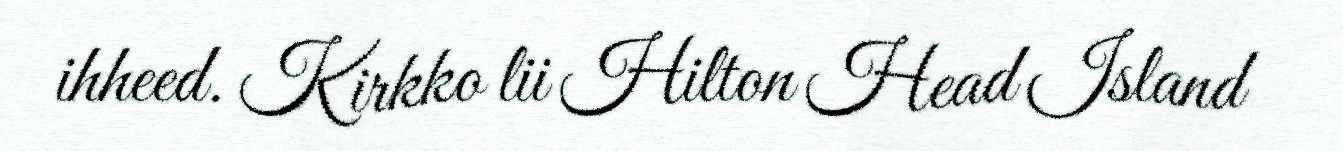
ihheed. Kirkko lii Hilton Head Island